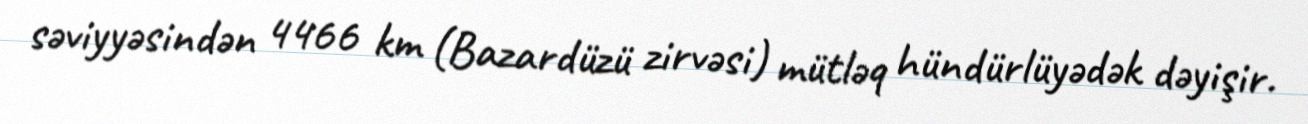
səviyyəsindən 4466 km (Bazardüzü zirvəsi) mütləq hündürlüyədək dəyişir.